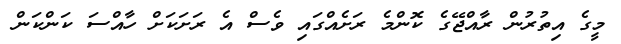
މީގެ އިތުރުން ރާއްޖޭގެ ކޮންމެ ރަށެއްގައި ވެސް އެ ރަށަކަށް ހާއްސަ ކަންކަން